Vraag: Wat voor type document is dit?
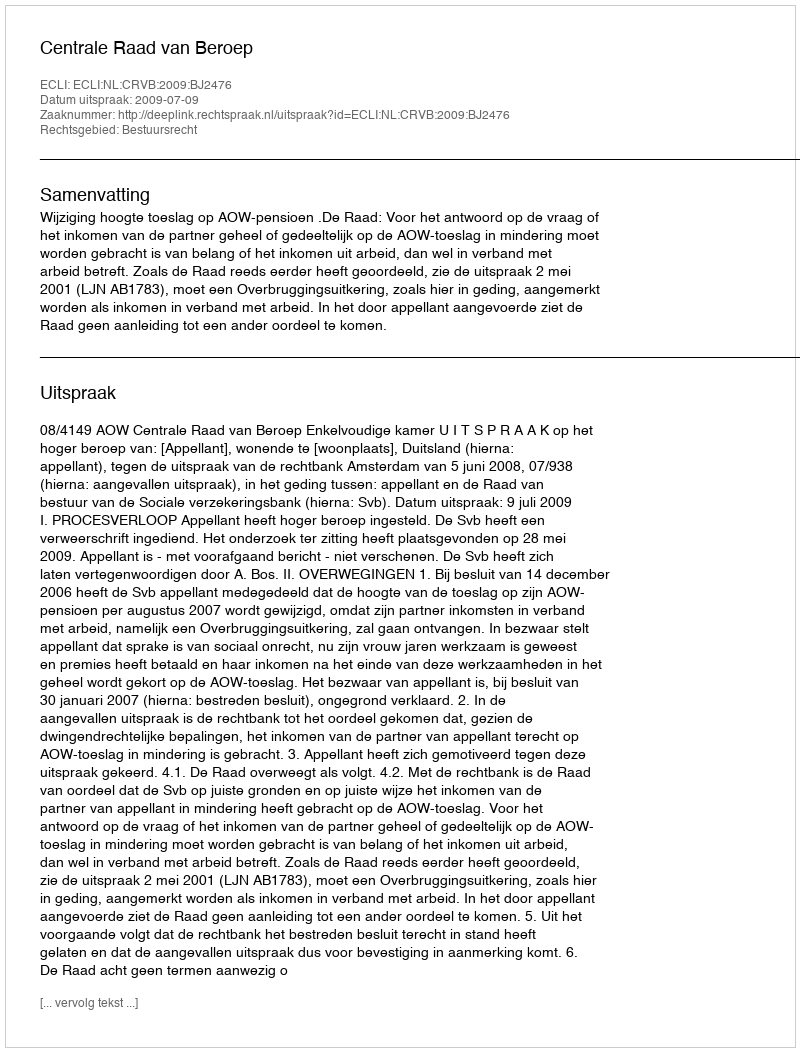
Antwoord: Uitspraak